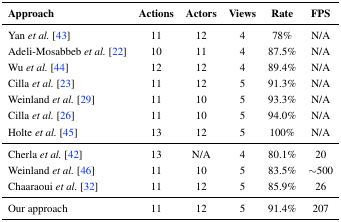
| Approach | Actions | Actors | Views | Rate | FPS |
 | --- | --- | --- | --- | --- | --- |
 | Yan et al. [43] | 11 | 12 | 4 | 78% | N/A |
 | Adeli-Mosabbeb et al. [22] | 10 | 11 | 4 | 87.5% | N/A |
 | Wu et al. [44] | 12 | 12 | 4 | 89.4% | N/A |
 | Cilla et al. [23] | 11 | 12 | 5 | 91.3% | N/A |
 | Weinland et al. [29] | 11 | 10 | 5 | 93.3% | N/A |
 | Cilla et al. [26] | 11 | 10 | 5 | 94.0% | N/A |
 | Holte et al. [45] | 13 | 12 | 5 | 100% | N/A |
 | Cherla et al. [42] | 13 | N/A | 4 | 80.1% | 20 |
 | Weinland et al. [46] | 11 | 10 | 5 | 83.5% | ∼500 |
 | Chaaraoui et al. [32] | 11 | 12 | 5 | 85.9% | 26 |
 | Our approach | 11 | 12 | 5 | 91.4% | 207 |